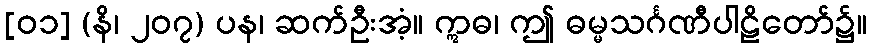
[၀၁] (နိ၊ ၂၀၇) ပန၊ ဆက်ဦးအံ့။ ဣဓ၊ ဤ ဓမ္မသင်္ဂဏီပါဠိတော်၌။